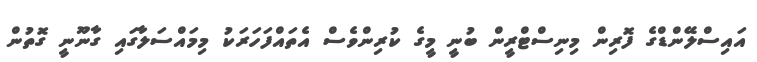
އައިސްލޭންޑްގެ ފޮރިން މިނިސްޓްރީން ބުނީ މީގެ ކުރިންވެސް އެތައްފަހަރަކު މިމައްސަލާގައި ގާނޫނީ ގޮތުން